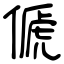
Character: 傂